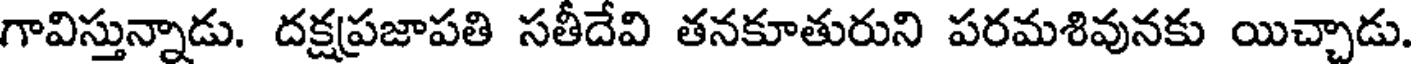
గావిస్తున్నాడు. దక్షప్రజాపతి సతీదేవి తనకూతురుని పరమశివునకు యిచ్చాడు.